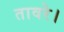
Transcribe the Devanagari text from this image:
तावरे।